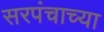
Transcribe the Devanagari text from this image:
सरपंचाच्या